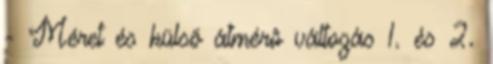
- Méret és külsõ átmérõ változás 1. és 2.